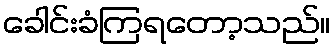
ခေါင်းခံကြရတော့သည်။